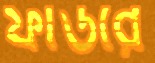
ফাউরে